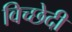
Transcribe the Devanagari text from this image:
विच्छेदी